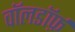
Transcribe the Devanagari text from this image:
वॉलडॉर्फ़